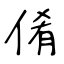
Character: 倄